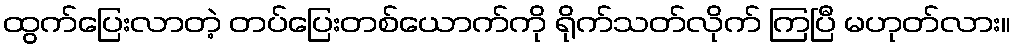
ထွက်ပြေးလာတဲ့ တပ်ပြေးတစ်ယောက်ကို ရိုက်သတ်လိုက် ကြပြီ မဟုတ်လား။